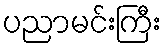
ပညာမင်းကြီး